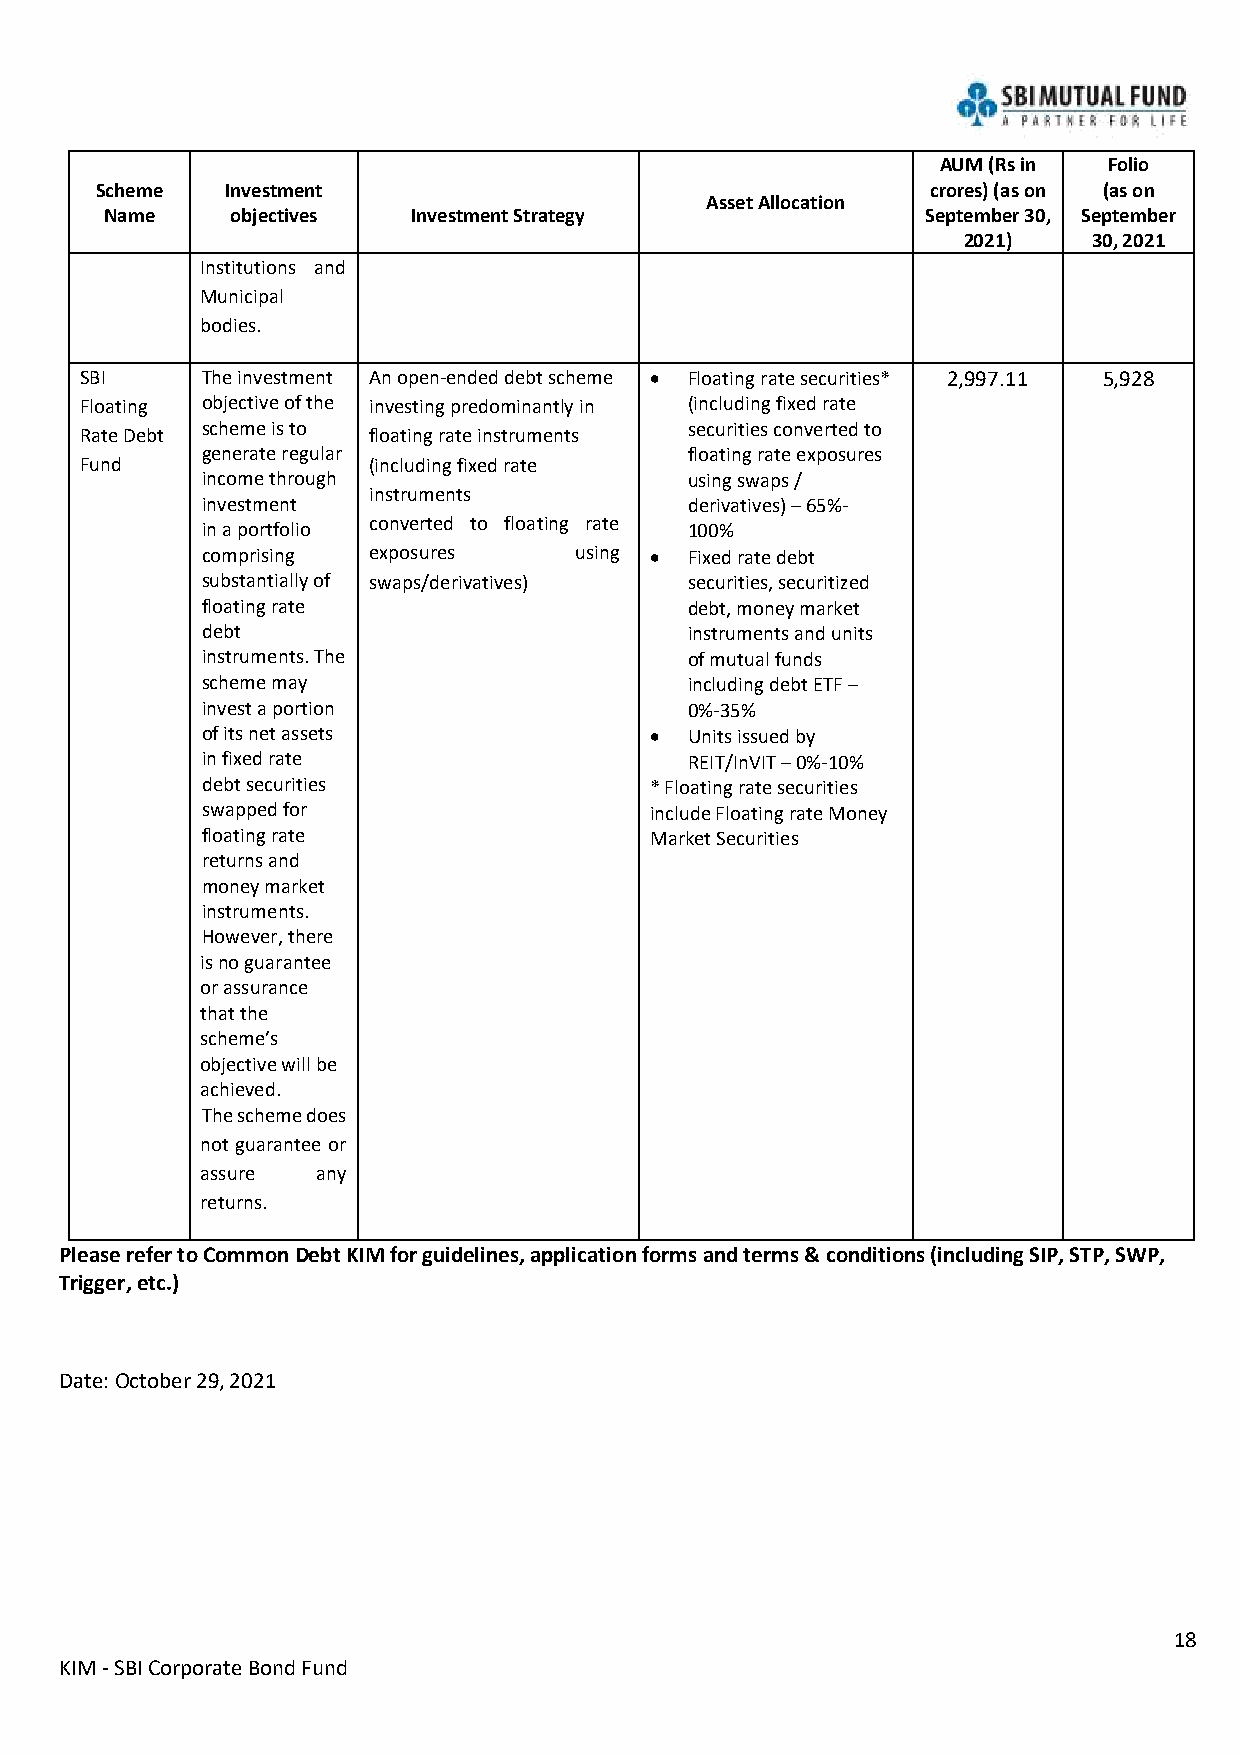
AUM (Rs in Folio
 Scheme   Investment                                     crores) (as on (as on
 Asset Allocation
 Name    objectives  Investment Strategy               September 30, September
 2021)   30, 2021
 Institutions and
 Municipal
 bodies.
 SBI     The investment An open-ended debt scheme • Floating rate securities* 2,997.11 5,928
 Floating objective of the investing predominantly in (including fixed rate
 Rate Debt
 scheme is to
 floating rate instruments
 securities converted to
 generate regular                 floating rate exposures
 Fund               (including fixed rate
 income through                   using swaps /
 instruments
 investment                       derivatives) – 65%-
 in a portfolio converted to floating rate 100%
 comprising exposures     using • Fixed rate debt
 substantially of swaps/derivatives) securities, securitized
 floating rate                    debt, money market
 debt                             instruments and units
 instruments. The                 of mutual funds
 scheme may                       including debt ETF –
 invest a portion                 0%-35%
 of its net assets             •  Units issued by
 in fixed rate                    REIT/InVIT – 0%-10%
 debt securities               * Floating rate securities
 swapped for                   include Floating rate Money
 floating rate                 Market Securities
 returns and
 money market
 instruments.
 However, there
 is no guarantee
 or assurance
 that the
 scheme’s
 objective will be
 achieved.
 The scheme does
 not guarantee or
 assure  any
 returns.
 Please refer to Common Debt KIM for guidelines, application forms and terms & conditions (including SIP, STP, SWP,
 Trigger, etc.)
 Date: October 29, 2021
 18
 KIM - SBI Corporate Bond Fund